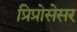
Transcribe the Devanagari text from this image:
प्रिप्रोसेसर